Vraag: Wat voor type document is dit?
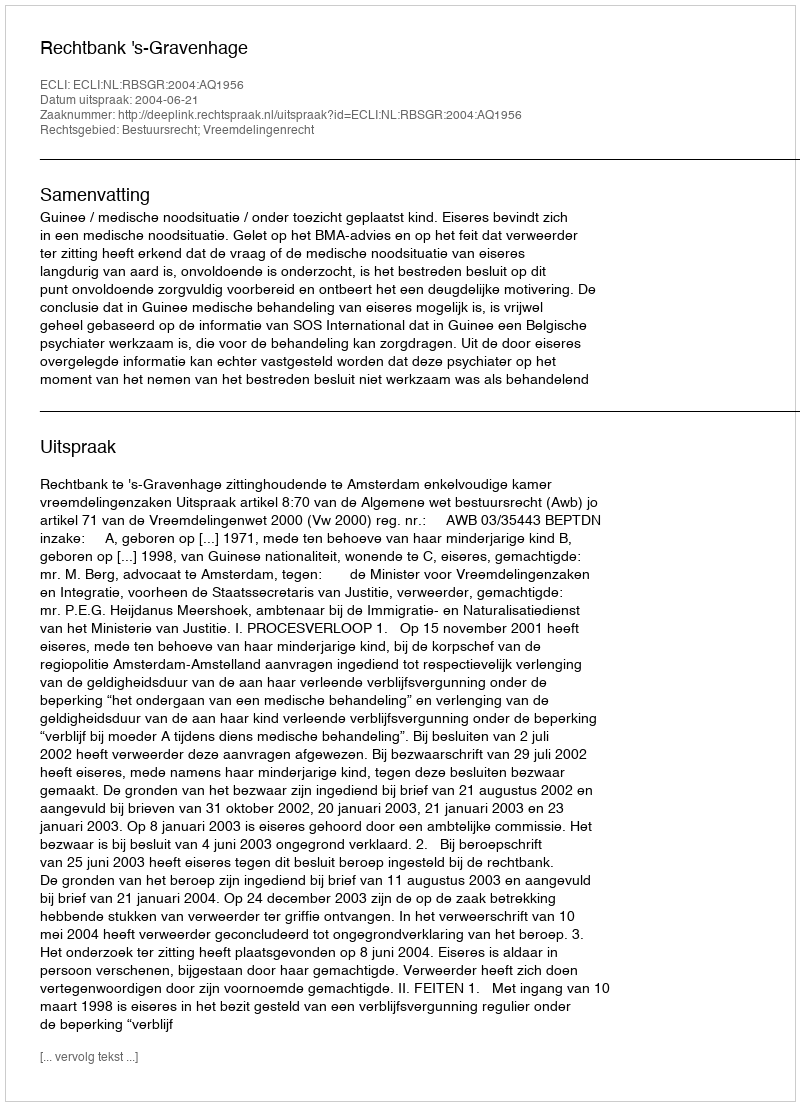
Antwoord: Uitspraak